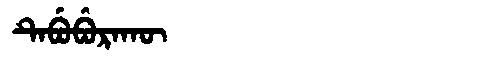
Manchu: ᡨᡝᠪᡠᠪᡠᡵᠠᡴᡡ
Romanization: TEBUBURAKŪ